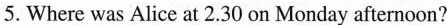
5. Where was Alice at 2.30 on Monday afternoon?